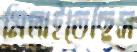
মিলাইতেছিস